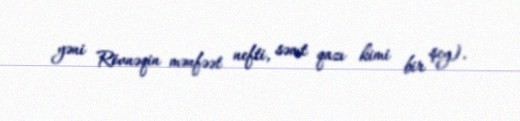
yəni Rövnəqin mənfəət nefti, səmt qazı kimi bir şey).